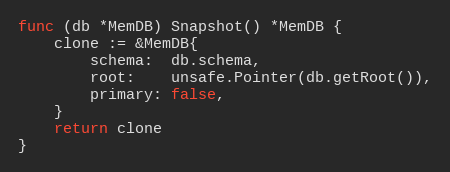
Language: Go
func (db *MemDB) Snapshot() *MemDB {
	clone := &MemDB{
		schema:  db.schema,
		root:    unsafe.Pointer(db.getRoot()),
		primary: false,
	}
	return clone
}